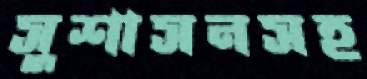
সুশাসনসহ